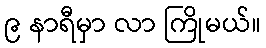
၉ နာရီမှာ လာ ကြိုမယ်။